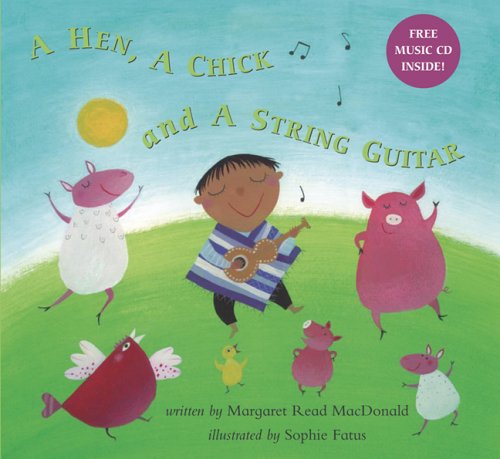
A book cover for Hen, a Chick and a String Guitar with CD (Audio); Margaret Read MacDonald; Children's Books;